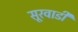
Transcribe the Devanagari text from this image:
सूरवाडी